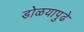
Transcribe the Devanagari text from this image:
डोळयापुढे